Indian journal of veterinary science and animal husbandry - Volume 6,
Year: 1936
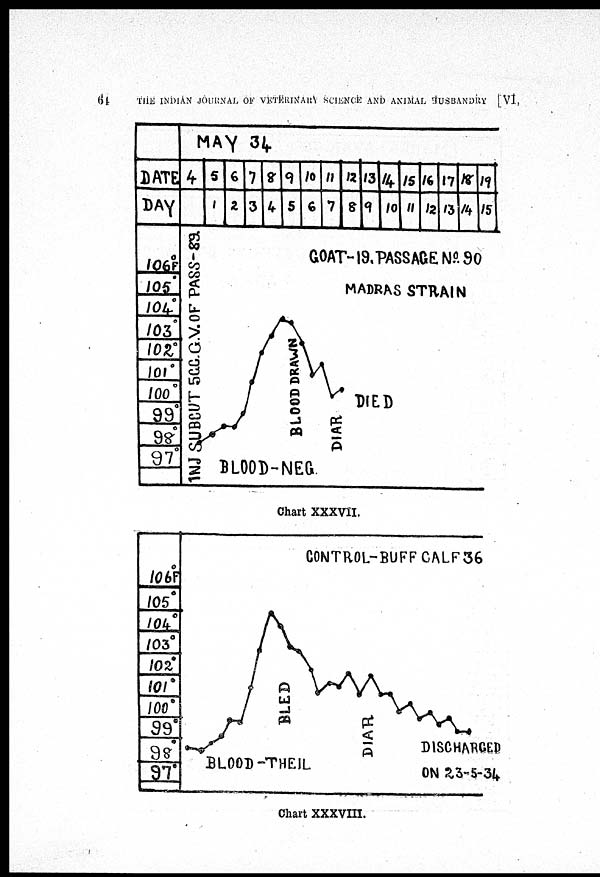
64
THE INDIAN JOURNAL OF VETERINARY SCIENCE AND ANIMAL HUSBANDRY [VI,
Chart XXXVII.
Chart XXXVIII.